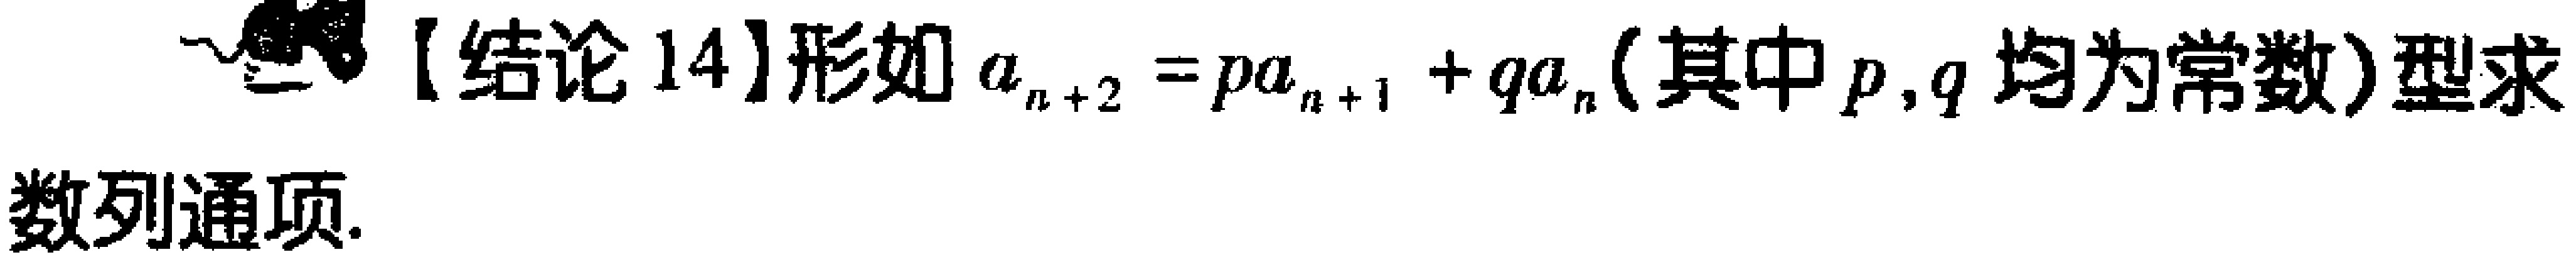
【结论14】形如\(a_{n + 2} = pa_{n + 1} + qa_{n}\)(其中\(p,q\)均为常数)型求数列通项.